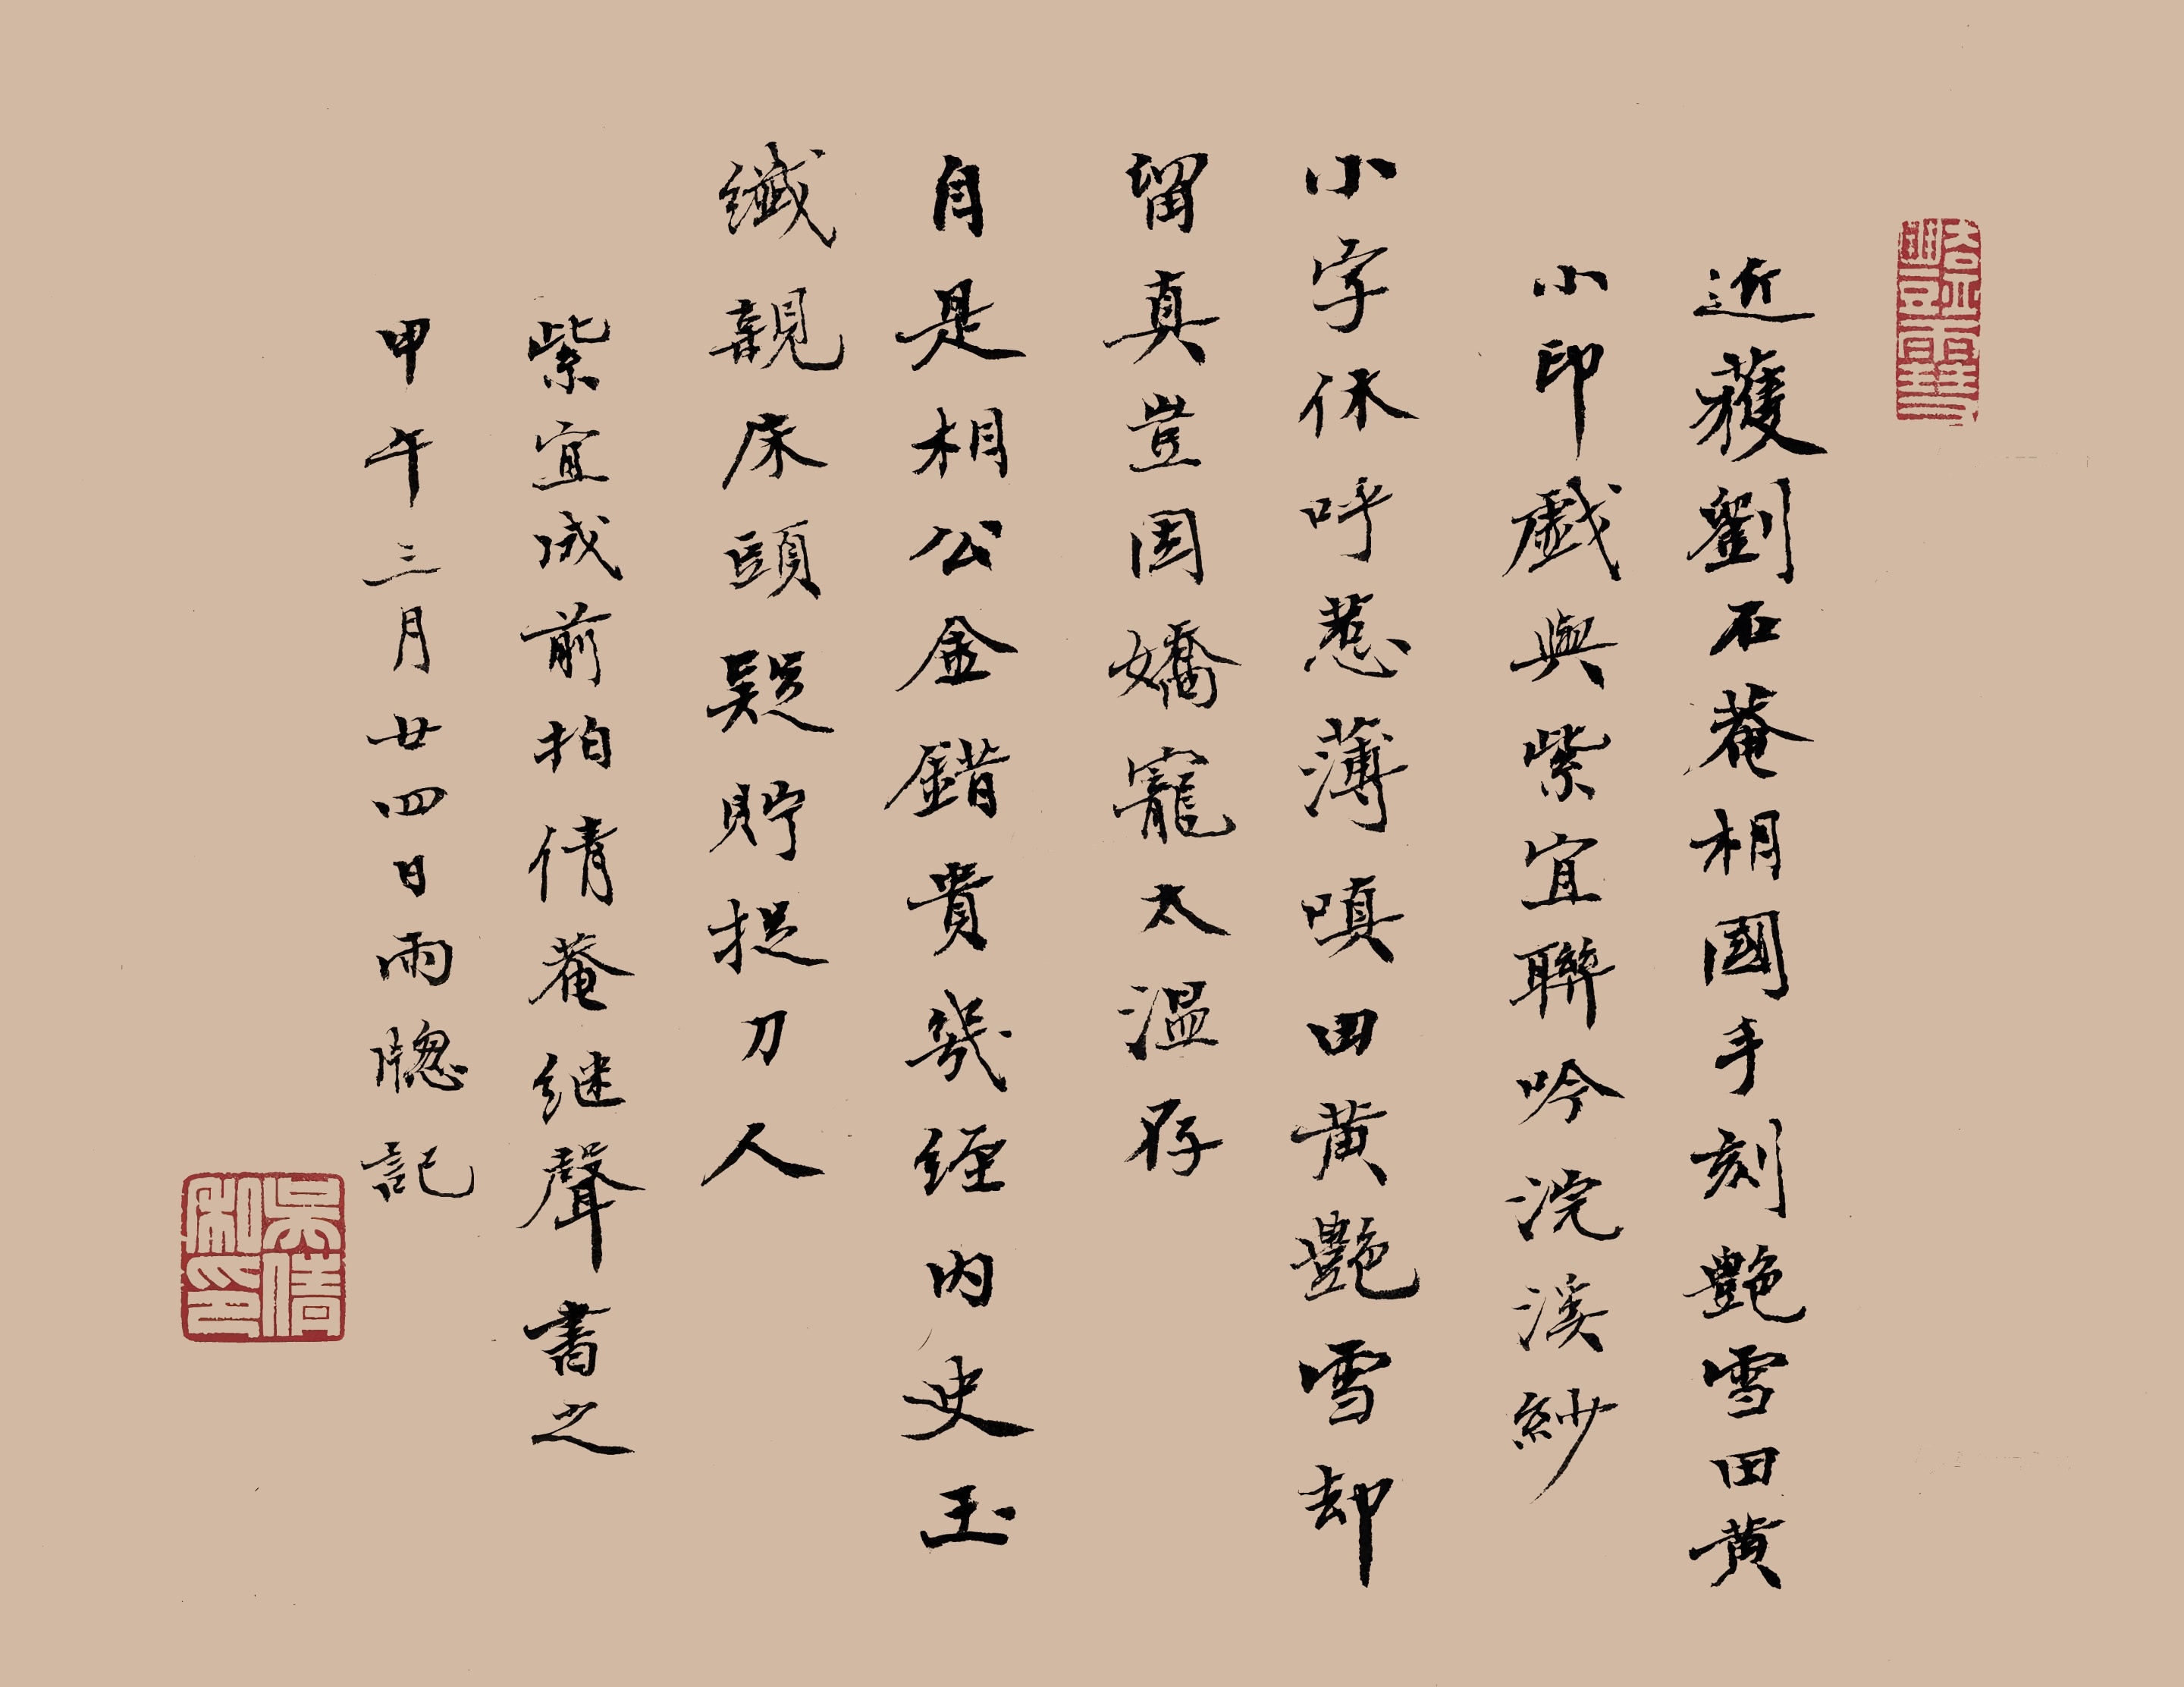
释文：近获刘石庵相国手刻艳雪田黄小印，戏与紫宜联吟，浣溪纱。小字休呼惹薄嗔，田黄艳雪却留真。岂因娇宠太温存。自是相公金错贵，几经内史玉纤亲。床头疑贮提刀人。紫宜成前拍，倩庵继声书之。甲午三月廿四日雨窗记。